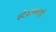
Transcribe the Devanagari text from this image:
स्टेशनवरही